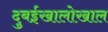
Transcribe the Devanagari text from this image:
दुबईखालोखाल